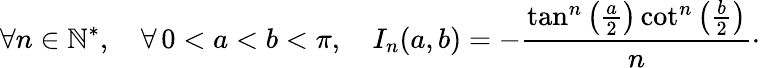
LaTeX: \forall n\in\mathbb{N}^{*},\quad\forall\, 0<a<b<\pi,\quad I_{n}(a,b)=-\frac{\tan^{n}\left(\frac{a}{2}\right)\cot^{n}\left(\frac{b}{2}\right)}{n}\cdot